Civil Veterinary Dept. Bombay admin report 1932-41 - 1932-1941
Year: 1932
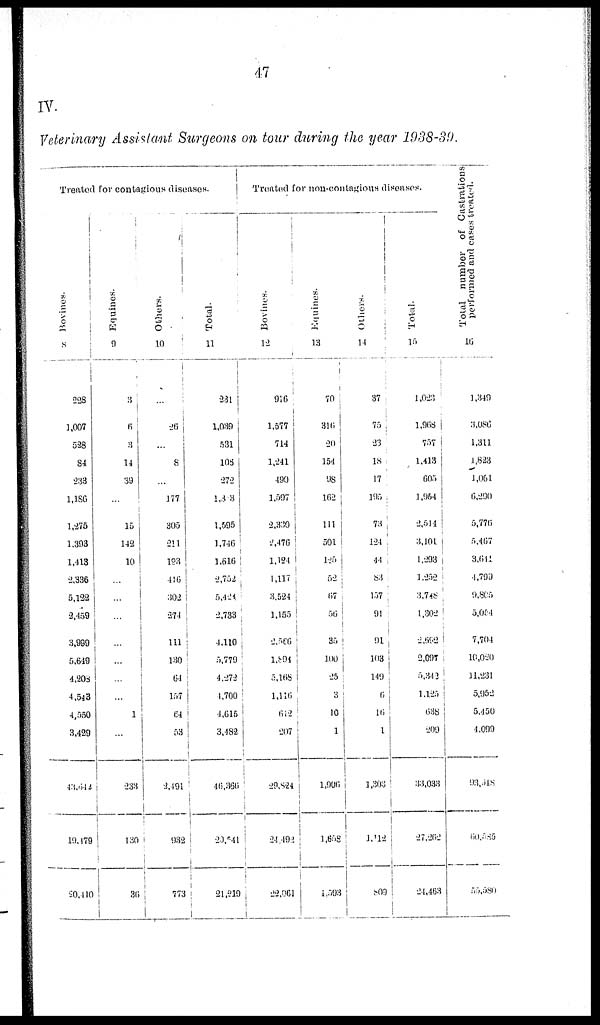
47
IV.
Veterinary Assistant Surgeons on tour during the year 1938-39.
Treated for contagious diseases.
Bovines.
228
1,007
528
84
233
1,186
1,275
1,393
1,418
2,336
5,132
2,459
3,999
5,649
4,208
4,543
4,550
3,429
43,642
19,179
20,410
Equines.
9
3
6
3
14
39
...
15
142
10
...
...
...
...
...
...
...
1
...
233
130
36
Others.
10
...
26
...
8
...
177
305
211
193
446
302
274
111
130
64
157
64
53
2,491
932
773
Total.
11
231
1,039
531
103
272
1,8 3
1,595
1,746
1,616
2,752
5,424
2,733
4,110
5,779
4,272
4,700
4,615
3,482
46,366
20,541
21,219
Treated for non-contagious diseases.
Bovines.
12
916
1,577
714
1,241
490
1,597
2,330
2,476
1,124
1,117
3,524
1,155
2,566
1,894
5,168
1,110
612
207
29,824
24 492
22,061
Equines.
13
70
310
20
154
98
102
111
501
125
52
67
56
35
100
25
3
10
1
1,900
1,658
1,593
Others.
14
37
75
23
18
17
195
73
124
44
83
157
91
91
103
149
6
10
1
1,303
1,112
809
Total.
15
1,023
1,908
757
1,413
605
1,954
2,514
3,101
1,293
1,252
3,748
1,302
2,002
2,097
5,342
1,125
638
209
33,033
27,202
24,463
Total number of Castrations
performed and cases treated.
16
1,349
3,086
1,311
1,823
1,061
6,290
5,776
5,467
3,641
4,799
9,805
5,054
7,704
10,020
11,231
5,952
5,450
4,099
93,948
60,585
55,580